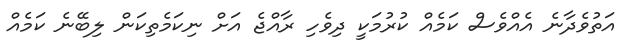
އަތުވެދާނެ އެއްވެސް ކަމެއް ކުރުމަކީ ދިވެހި ރާއްޖެ އަށް ނިކަމެތިކަން ލިބޭނެ ކަމެއް